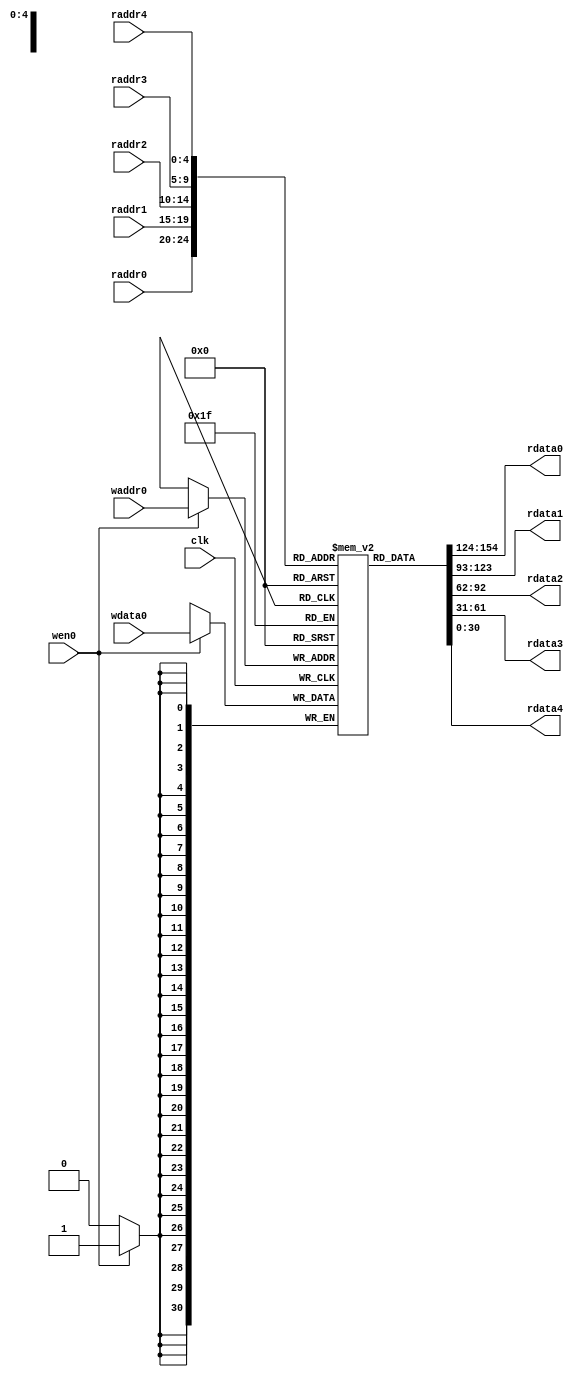
module PCFile (
	clk,
	wen0,
	waddr0,
	wdata0,
	raddr0,
	rdata0,
	raddr1,
	rdata1,
	raddr2,
	rdata2,
	raddr3,
	rdata3,
	raddr4,
	rdata4
);
	parameter WORD_SIZE = 31;
	parameter ADDR_SIZE = 5;
	input wire clk;
	input wire wen0;
	input wire [ADDR_SIZE - 1:0] waddr0;
	input wire [WORD_SIZE - 1:0] wdata0;
	input wire [ADDR_SIZE - 1:0] raddr0;
	output reg [WORD_SIZE - 1:0] rdata0;
	input wire [ADDR_SIZE - 1:0] raddr1;
	output reg [WORD_SIZE - 1:0] rdata1;
	input wire [ADDR_SIZE - 1:0] raddr2;
	output reg [WORD_SIZE - 1:0] rdata2;
	input wire [ADDR_SIZE - 1:0] raddr3;
	output reg [WORD_SIZE - 1:0] rdata3;
	input wire [ADDR_SIZE - 1:0] raddr4;
	output reg [WORD_SIZE - 1:0] rdata4;
	reg [WORD_SIZE - 1:0] mem [(1 << ADDR_SIZE) - 1:0];
	always @(*) begin
		rdata0 = mem[raddr0];
		rdata1 = mem[raddr1];
		rdata2 = mem[raddr2];
		rdata3 = mem[raddr3];
		rdata4 = mem[raddr4];
	end
	always @(posedge clk)
		if (wen0)
			mem[waddr0] <= wdata0;
endmodule